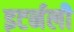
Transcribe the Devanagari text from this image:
इटर्नली